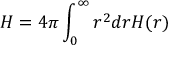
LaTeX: H = 4 \pi \int _ { 0 } ^ { \infty } r ^ { 2 } d r { \cal H } ( r )